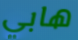
هابي